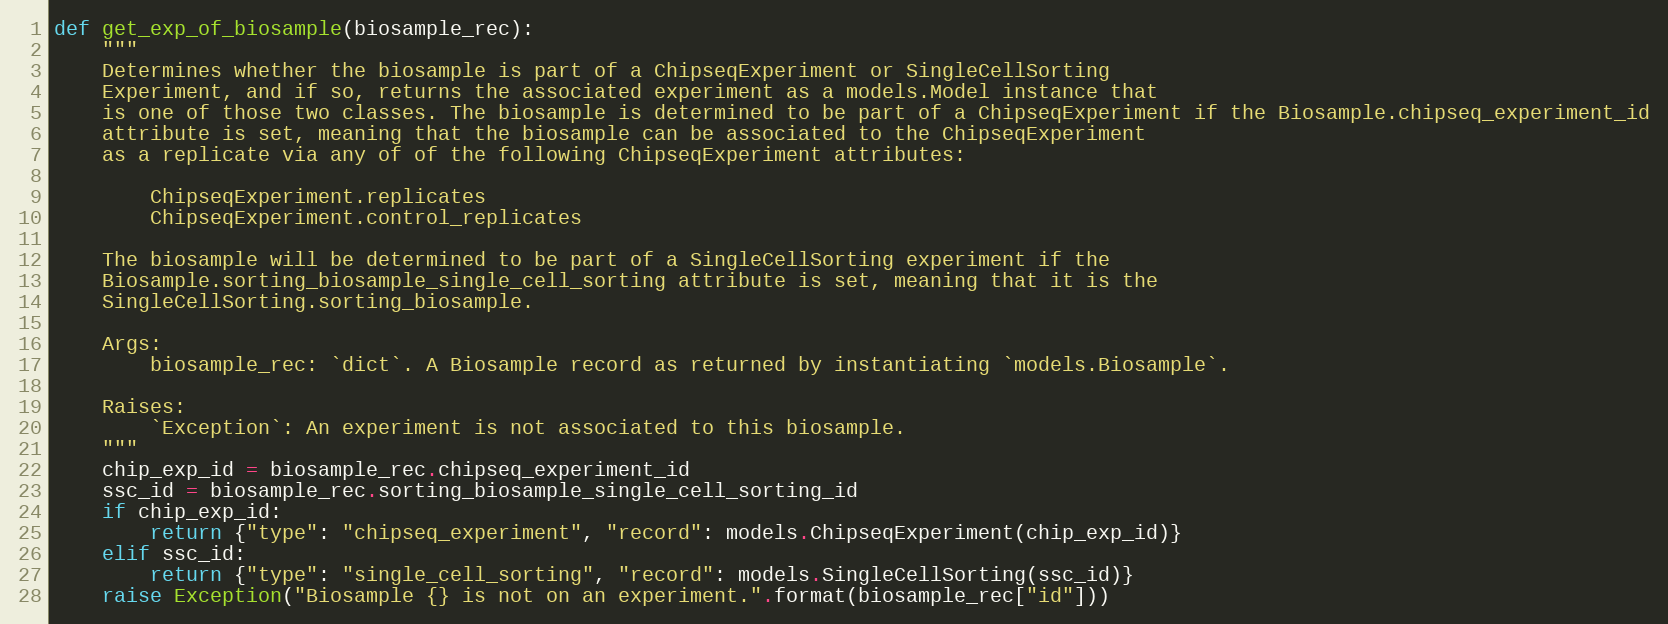
Language: Python
def get_exp_of_biosample(biosample_rec):
    """
    Determines whether the biosample is part of a ChipseqExperiment or SingleCellSorting
    Experiment, and if so, returns the associated experiment as a models.Model instance that
    is one of those two classes. The biosample is determined to be part of a ChipseqExperiment if the Biosample.chipseq_experiment_id
    attribute is set, meaning that the biosample can be associated to the ChipseqExperiment
    as a replicate via any of of the following ChipseqExperiment attributes:

        ChipseqExperiment.replicates
        ChipseqExperiment.control_replicates

    The biosample will be determined to be part of a SingleCellSorting experiment if the
    Biosample.sorting_biosample_single_cell_sorting attribute is set, meaning that it is the
    SingleCellSorting.sorting_biosample.

    Args:
        biosample_rec: `dict`. A Biosample record as returned by instantiating `models.Biosample`.

    Raises:
        `Exception`: An experiment is not associated to this biosample.
    """
    chip_exp_id = biosample_rec.chipseq_experiment_id
    ssc_id = biosample_rec.sorting_biosample_single_cell_sorting_id
    if chip_exp_id:
        return {"type": "chipseq_experiment", "record": models.ChipseqExperiment(chip_exp_id)}
    elif ssc_id:
        return {"type": "single_cell_sorting", "record": models.SingleCellSorting(ssc_id)}
    raise Exception("Biosample {} is not on an experiment.".format(biosample_rec["id"]))